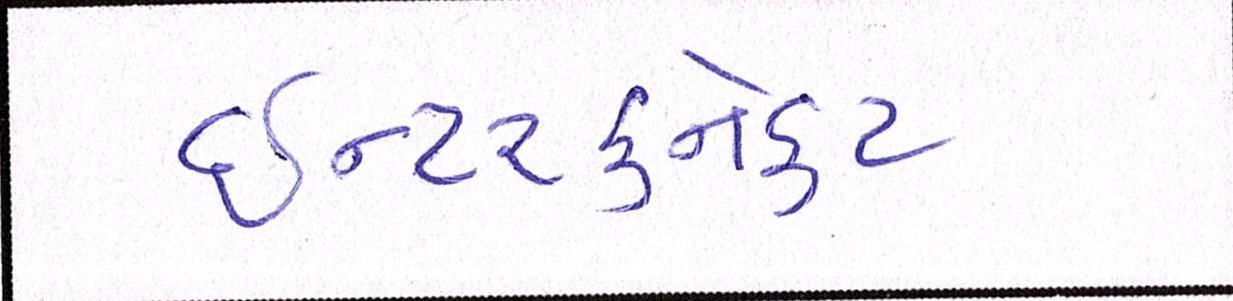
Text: ઈન્ટરકનેકટ